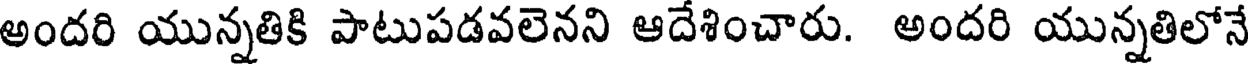
అందరి యున్నతికి పాటుపడవలెనని ఆదేశించారు. అందరి యున్నతిలోనే